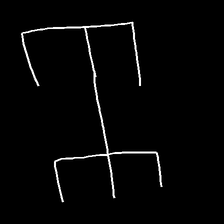
Glyph: entwine